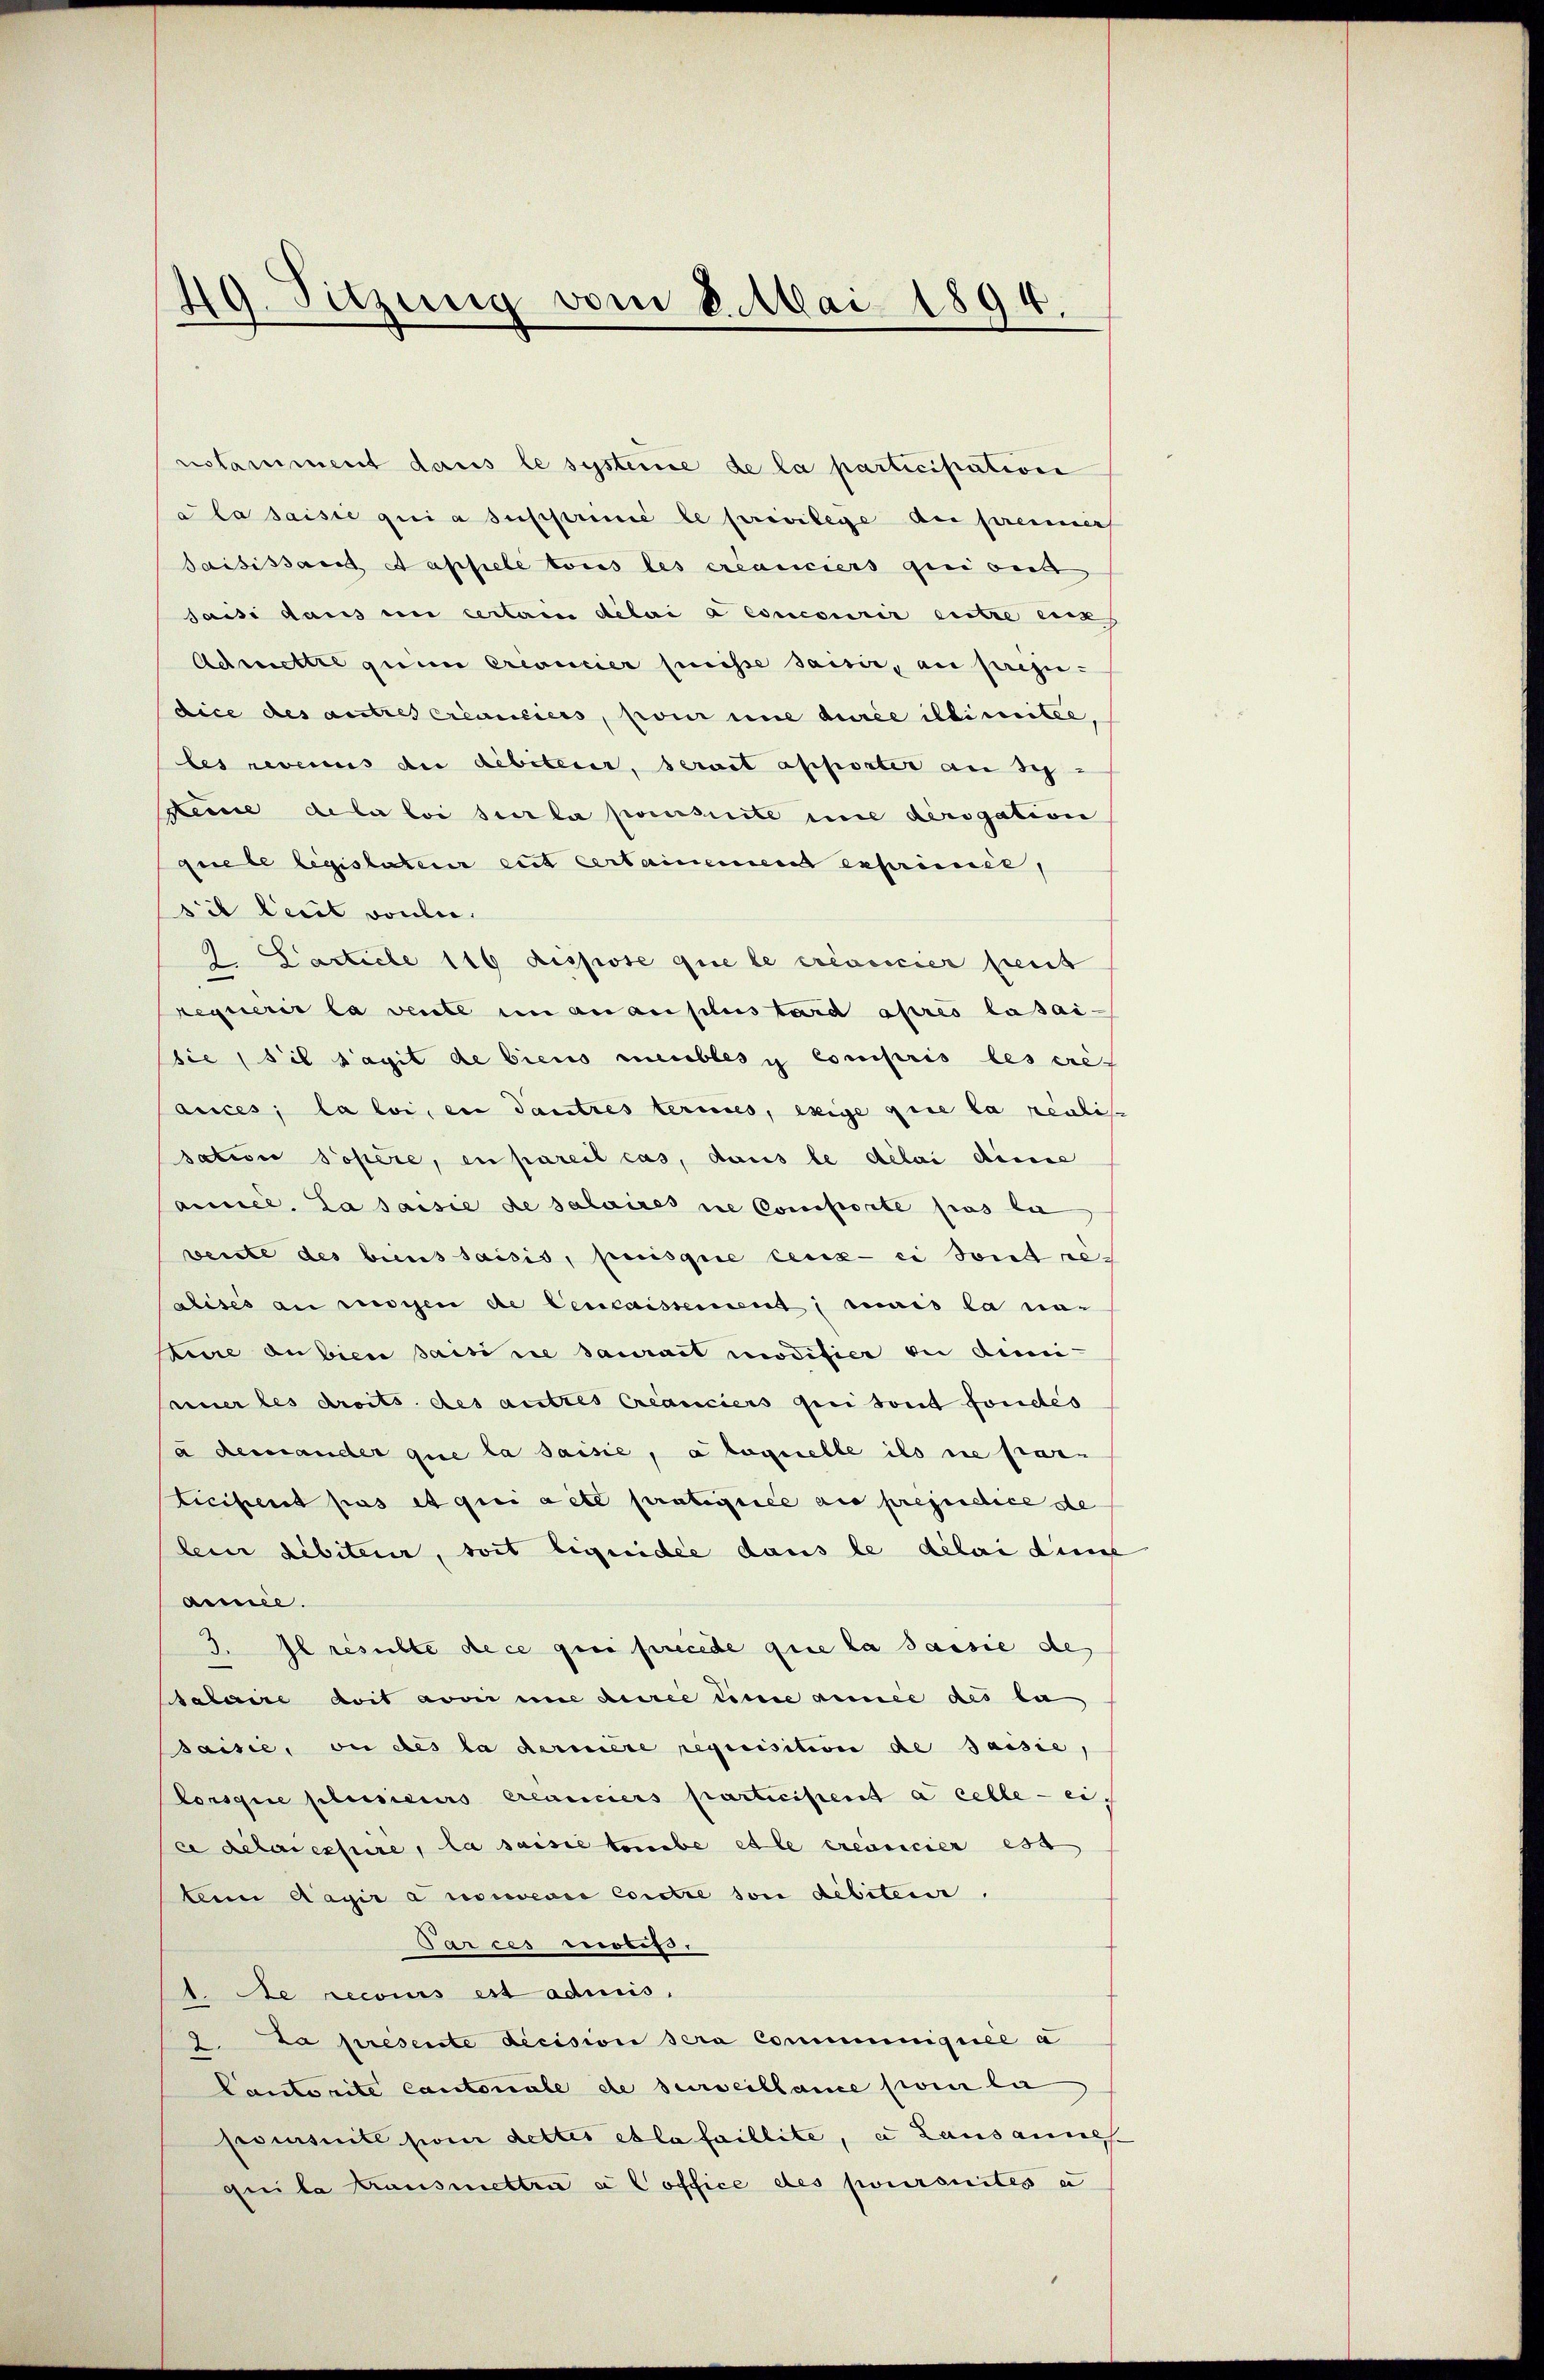
49. Sitzung vom 8. Mai 1894.

nstamment dans le systeme de la participation
ala saisie qui a supprime le privilege de prenners
saisissant Sappele tous les créanciers qui ont
saisi dans en certain délai a concourir entre einz
Admettre quin Crevucier heisse saisir, au prezidice des autres créanciers, pour une durée illimitee,
les revenus die debiteur, serait apporter an sch
keine dela loi sur la porisirte ime dersgation
quele legislateur et certainemend exprimée,
sit leit voulue.
2. Carticle 116 dispose que le créancier heut
requérir la vente in anau plus tard après lasai-
sie (sil s’agit de biens meubles y compris les cre-
auces; la loi, en dautres termes, exige que la reali-
sation sopere, en pareil cas, dans le délai dimie
ancel. La saisie de salaires die Comporte pas la
wenste des biens saisis, puisque ceux-ci sont re-
alises an wochen de Cencaissement; seines la un
dinie anbien saisi die saurait modifier bei demi
euer les droits des autres créanciers qui sont fondés
à demander que la saisie, a laquelle ils ne par-
ticient pas et qui acte pratigiiée au préjudice de
lein dibiteur, soit liquidee dans le délai dies
aemie.
3. Il resulte de ce qui precede que la passie des
salaire doit avoir in derie eine année des la
saisie, ou des la dernière requisition de saisie,
Porsque plusieurs créanciers participient à celle - ei
ce étaiessure, la saisie tombe et le créancier es
ten Magir à nouvenie Constre son debiten.
Parces motifs,
1. Le recours ess admis,
9. La presente decision sera communiquée a
Cantorite cantonale de surveillance son la
poursuite son dettes et la faillite, u Lausanneh-
quila Krausmettra a Coffice des poursuites u